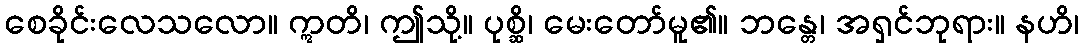
စေခိုင်းလေသလော။ ဣတိ၊ ဤသို့။ ပုစ္ဆိ၊ မေးတော်မူ၏။ ဘန္တေ၊ အရှင်ဘုရား။ နဟိ၊